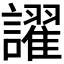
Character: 𬣑